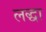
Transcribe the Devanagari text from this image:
लद्धा